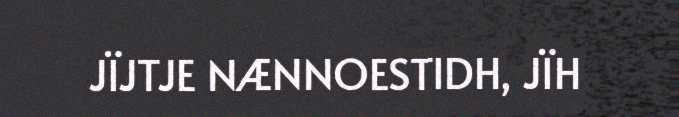
JÏJTJE NÆNNOESTIDH, JÏH